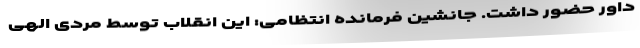
داور حضور داشت. جانشین فرمانده انتظامی: این انقلاب توسط مردی الهی